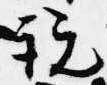
説